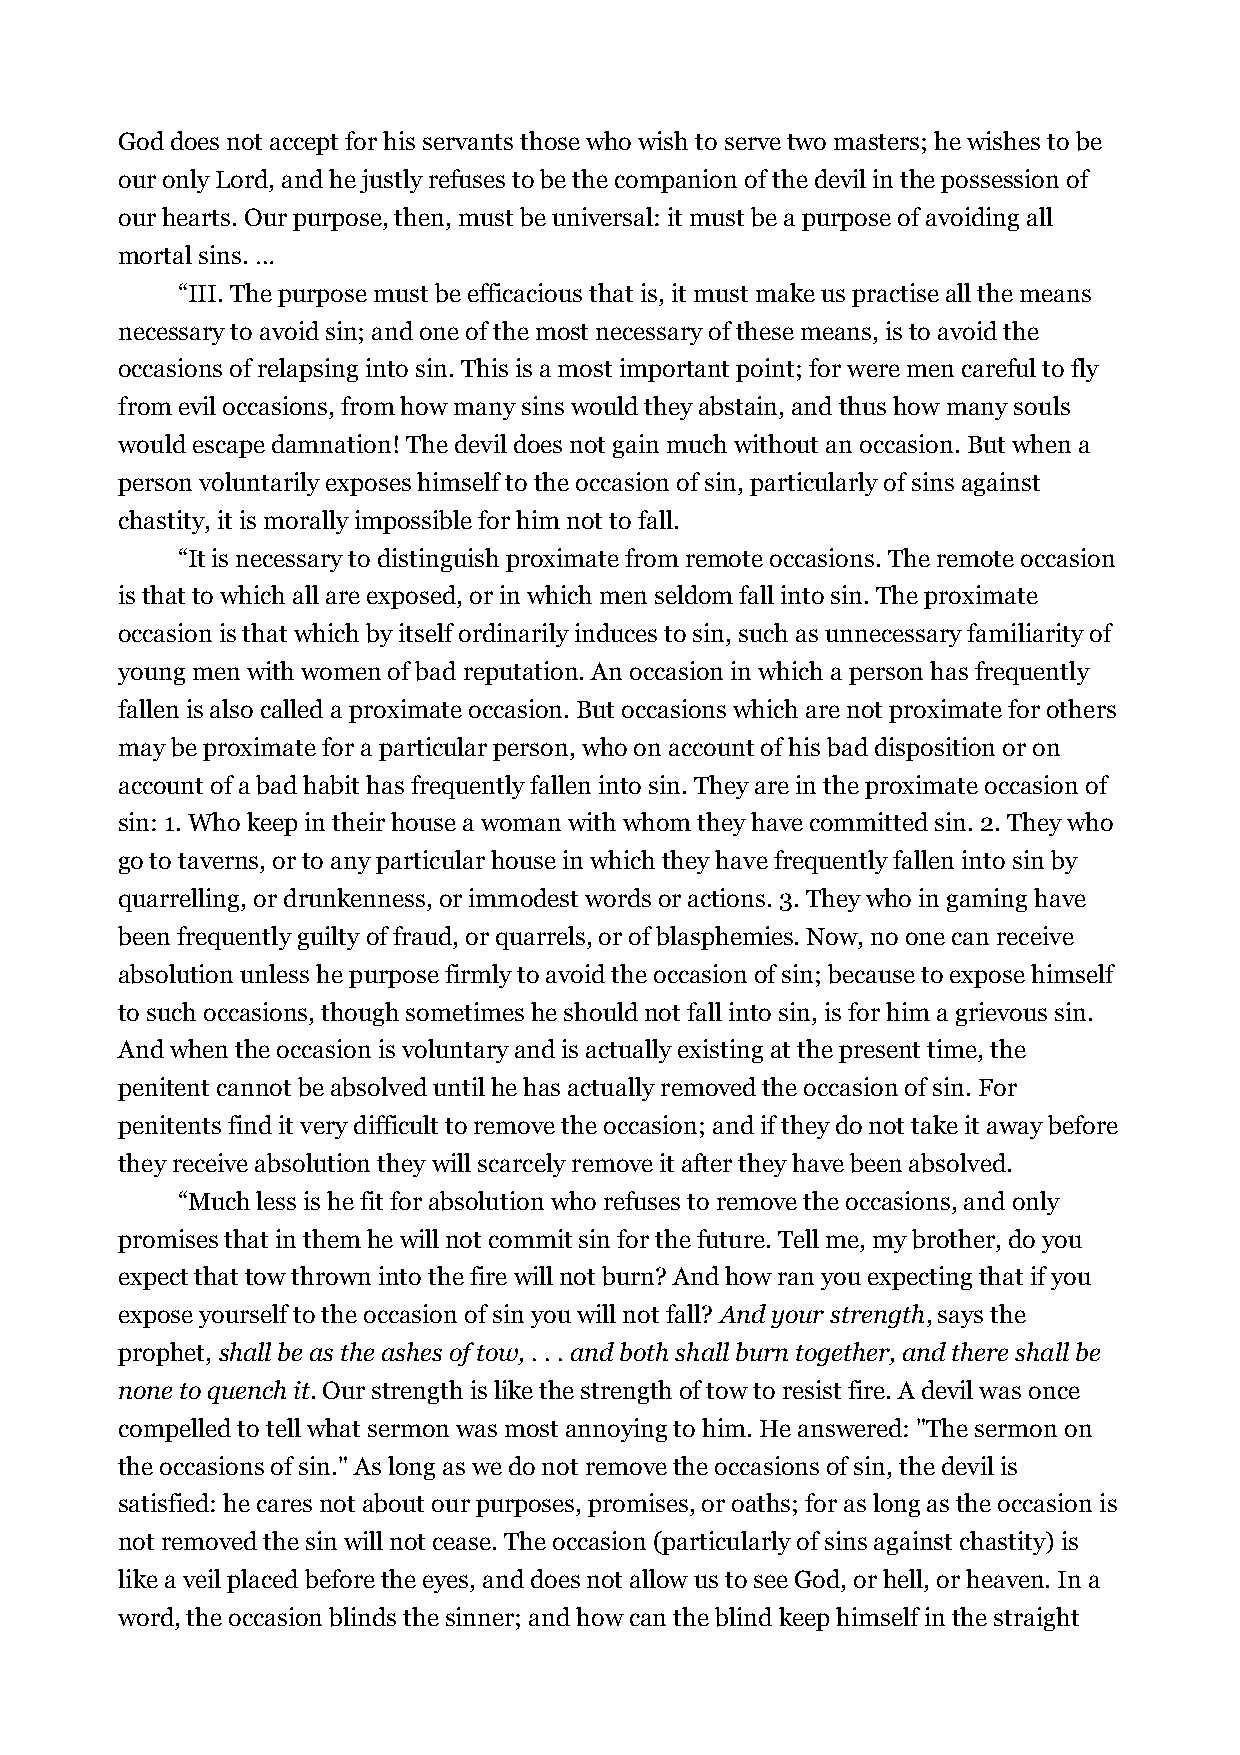
God does not accept for his servants those who wish to serve two masters; he wishes to be
 our only Lord, and he justly refuses to be the companion of the devil in the possession of
 our hearts. Our purpose, then, must be universal: it must be a purpose of avoiding all
 mortal sins. …
 “III. The purpose must be efficacious that is, it must make us practise all the means
 necessary to avoid sin; and one of the most necessary of these means, is to avoid the
 occasions of relapsing into sin. This is a most important point; for were men careful to fly
 from evil occasions, from how many sins would they abstain, and thus how many souls
 would escape damnation! The devil does not gain much without an occasion. But when a
 person voluntarily exposes himself to the occasion of sin, particularly of sins against
 chastity, it is morally impossible for him not to fall.
 “It is necessary to distinguish proximate from remote occasions. The remote occasion
 is that to which all are exposed, or in which men seldom fall into sin. The proximate
 occasion is that which by itself ordinarily induces to sin, such as unnecessary familiarity of
 young men with women of bad reputation. An occasion in which a person has frequently
 fallen is also called a proximate occasion. But occasions which are not proximate for others
 may be proximate for a particular person, who on account of his bad disposition or on
 account of a bad habit has frequently fallen into sin. They are in the proximate occasion of
 sin: 1. Who keep in their house a woman with whom they have committed sin. 2. They who
 go to taverns, or to any particular house in which they have frequently fallen into sin by
 quarrelling, or drunkenness, or immodest words or actions. 3. They who in gaming have
 been frequently guilty of fraud, or quarrels, or of blasphemies. Now, no one can receive
 absolution unless he purpose firmly to avoid the occasion of sin; because to expose himself
 to such occasions, though sometimes he should not fall into sin, is for him a grievous sin.
 And when the occasion is voluntary and is actually existing at the present time, the
 penitent cannot be absolved until he has actually removed the occasion of sin. For
 penitents find it very difficult to remove the occasion; and if they do not take it away before
 they receive absolution they will scarcely remove it after they have been absolved.
 “Much less is he fit for absolution who refuses to remove the occasions, and only
 promises that in them he will not commit sin for the future. Tell me, my brother, do you
 expect that tow thrown into the fire will not burn? And how ran you expecting that if you
 expose yourself to the occasion of sin you will not fall? And your strength, says the
 prophet, shall be as the ashes of tow, . . . and both shall burn together, and there shall be
 none to quench it. Our strength is like the strength of tow to resist fire. A devil was once
 compelled to tell what sermon was most annoying to him. He answered: "The sermon on
 the occasions of sin." As long as we do not remove the occasions of sin, the devil is
 satisfied: he cares not about our purposes, promises, or oaths; for as long as the occasion is
 not removed the sin will not cease. The occasion (particularly of sins against chastity) is
 like a veil placed before the eyes, and does not allow us to see God, or hell, or heaven. In a
 word, the occasion blinds the sinner; and how can the blind keep himself in the straight